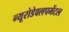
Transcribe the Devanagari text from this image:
न्यूरोडेवलपमेंटल